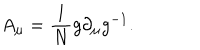
A _ { \mu } = \frac { 1 } { N } g \partial _ { \mu } g ^ { - 1 } .